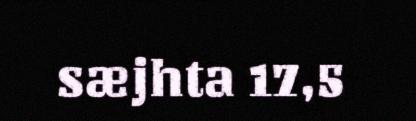
sæjhta 17,5